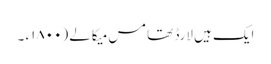
ایک ہیں لارڈ تھامس میکالے (۱۸٠٠ء ۔